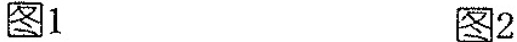
图1 图2